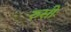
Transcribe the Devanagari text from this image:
रुसीः